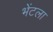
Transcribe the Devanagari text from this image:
भेंटला